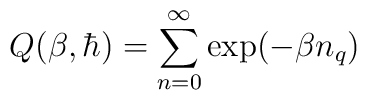
Q(\beta,\hbar)=\sum_{n=0}^{\infty} \exp(-\beta n_{q})